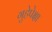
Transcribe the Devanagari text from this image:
गुहेपेक्षा